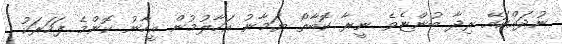
ނުދައްކައޭ ރިދާ ބުންޏެވެ. ނީރާ ކޮބާތޯ ޔަމާނު އަހާލުމުން އީހާނު ކޮންމެ ފަހަރަކު